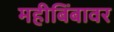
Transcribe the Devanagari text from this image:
महीबिंबावर